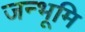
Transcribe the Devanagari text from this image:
जन्भूमि